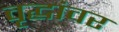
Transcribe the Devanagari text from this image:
वृद्धांवर